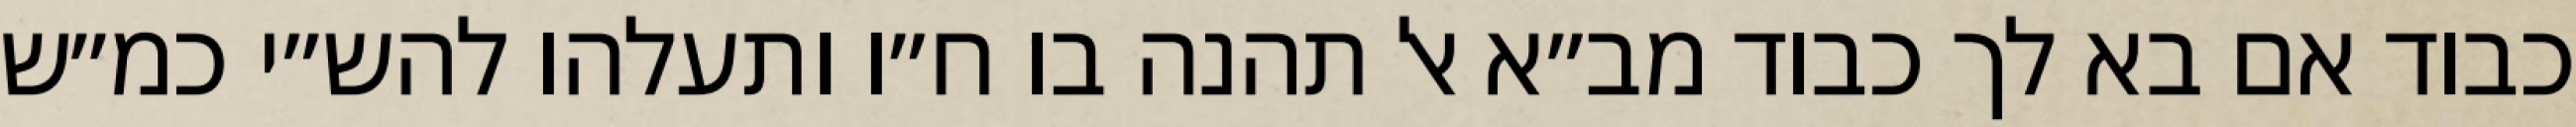
כבוד אם בא לך כבוד מב״א אל תהנה בו ח״ו ותעלהו להש״י כמ״ש